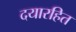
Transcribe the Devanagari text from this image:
दयारहित